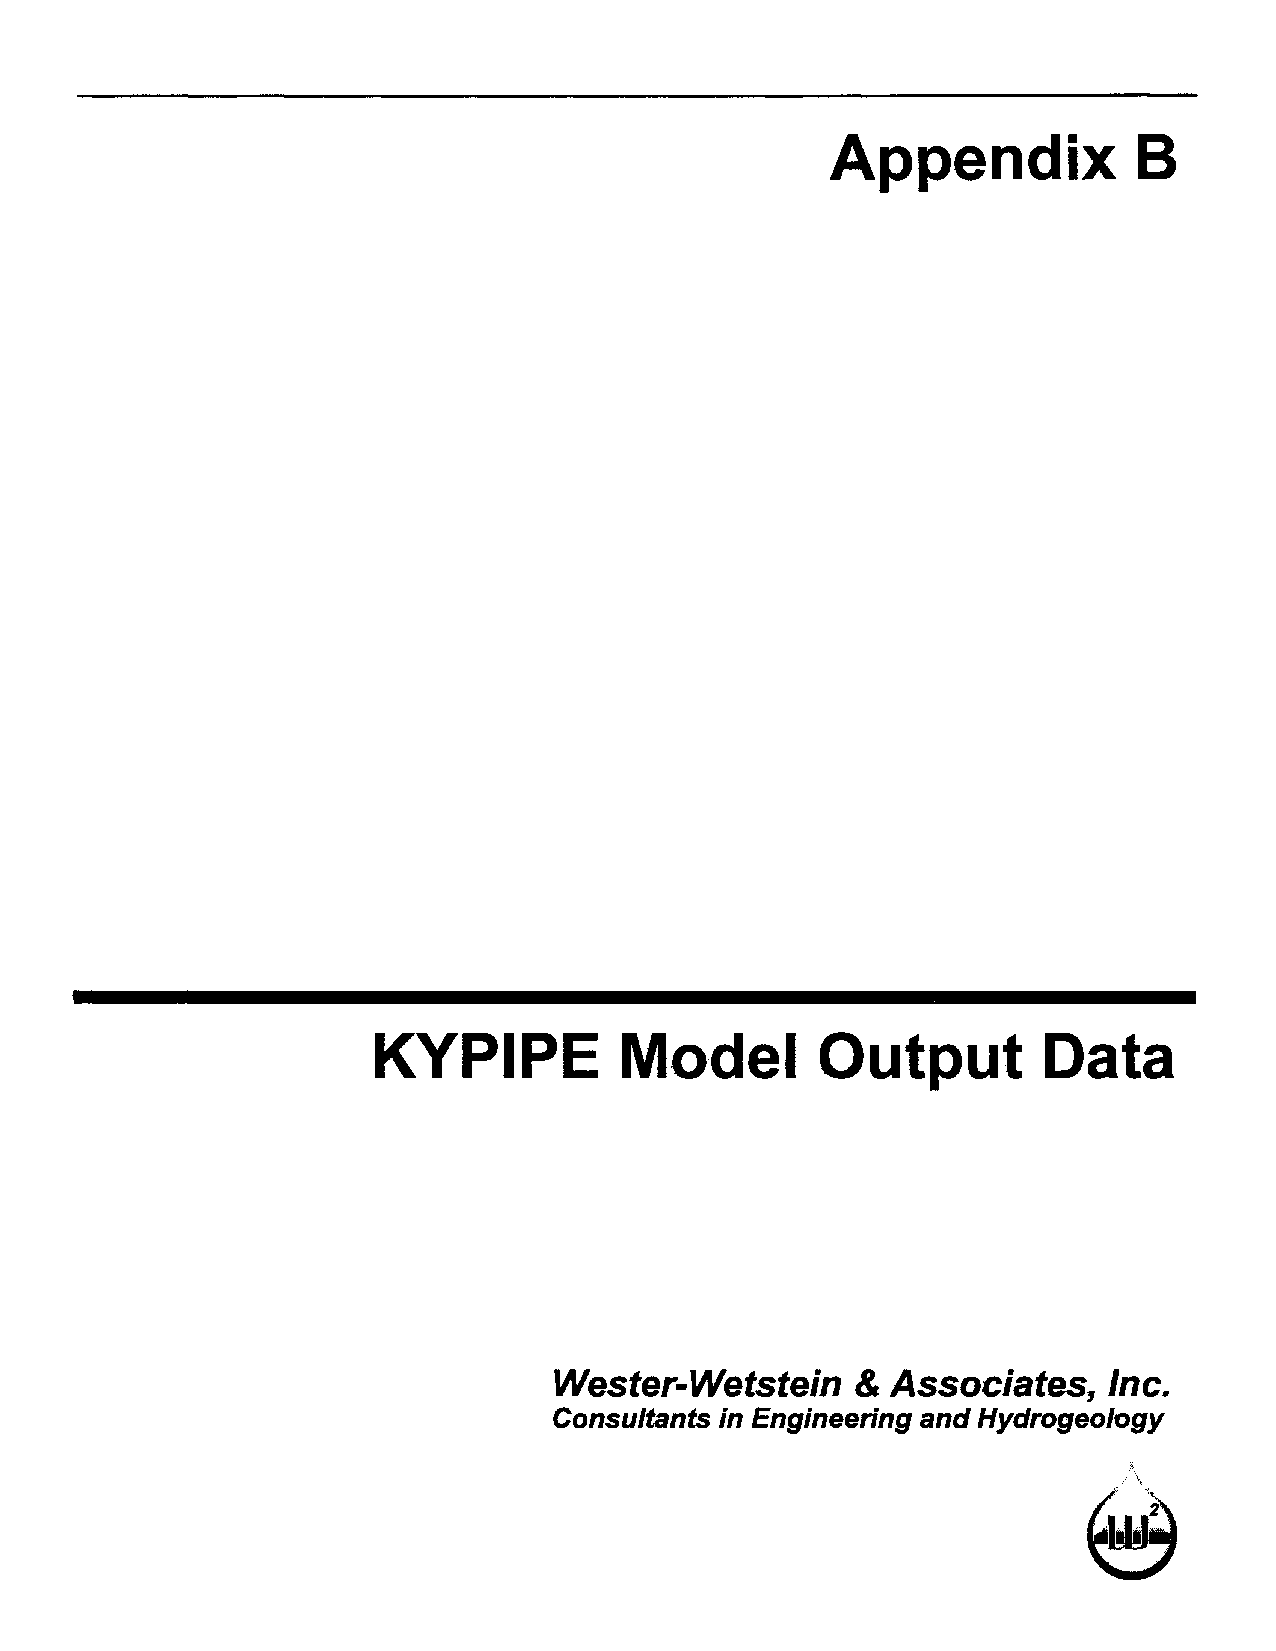
Appendix            B
 KYPIPE          Model        Output         Data
 Wester-Wetstein     & Associates,   Inc.
 Consultants in Engineering and Hydrogeology